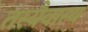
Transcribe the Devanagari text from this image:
तस्यैवास्य